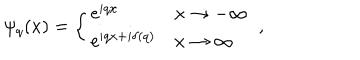
\psi _ { q } ( x ) = \left\{ \begin{array} { l l } { { \mathrm { e } ^ { i q x } } } & { { x \to - \infty } } \\ { { \mathrm { e } ^ { i q x + i \delta ( q ) } } } & { { x \to \infty } } \\ \end{array} \right. \; ,